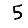
Digit: 5